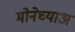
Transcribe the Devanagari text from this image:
मोनेच्याअ